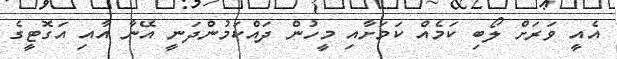
އެއީ ވަރަށް ލޯބި ކަމެއް ކަމަށާއި މީހުން ދައްކަމުންދަނީ އޭނާ އާއި އަގޮޓީގެ